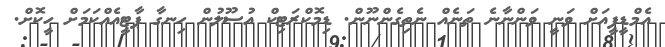
އެމްޑީޕީއަށް ވަނީ ވަންނާނެ ތަނެއް ނެތިގެންނޫން. ޑިމޮކްރަޓިކް އުސޫލުން ހިނގާ ޕާޓީއެއްކަމަށް ހީކޮށް.